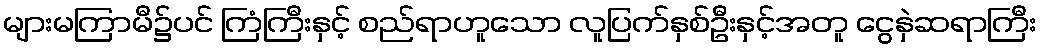
များမကြာမီ၌ပင် ကြံကြီးနှင့် စည်ရာဟူသော လူပြက်နှစ်ဦးနှင့်အတူ ငွေနှဲဆရာကြီး